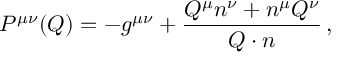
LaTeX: P ^ { \mu \nu } ( Q ) = - g ^ { \mu \nu } + \frac { Q ^ { \mu } n ^ { \nu } + n ^ { \mu } Q ^ { \nu } } { Q \cdot n } \, ,